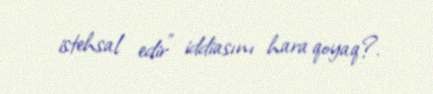
istehsal edir” iddiasını hara qoyaq?.